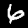
Digit: 6